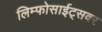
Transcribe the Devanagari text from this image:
लिम्फोसाईट्सवर